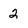
Character: 2